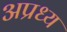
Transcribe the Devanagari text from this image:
अप्रध्य